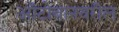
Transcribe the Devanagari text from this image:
ऑटोबानवरील